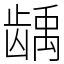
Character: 龋